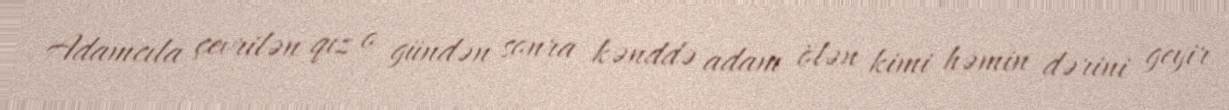
Adamcıla çevrilən qız o gündən sonra kənddə adam ölən kimi həmin dərini geyir